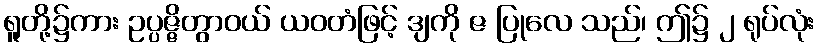
ရူတို့၌ကား ဥပ္ပဇ္ဇိတွာဝယ် ယဝတံဖြင့် ဒျကို ဇ ပြုလေ သည်၊ ဤ၌ ၂ ရုပ်လုံး